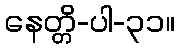
နေတ္တိ-ပါ-၃၁။